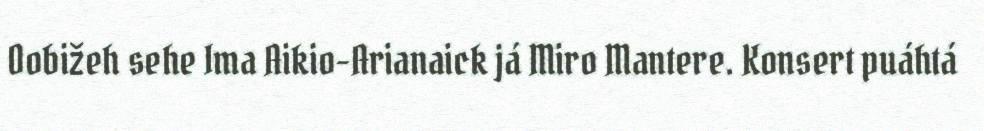
Oobižeh sehe Ima Aikio-Arianaick já Miro Mantere. Konsert puáhtá